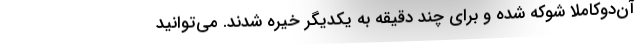
آن‌دوکاملاً شوکه شده و برای چند دقیقه به یکدیگر خیره شدند. می‌توانید